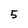
Character: 5